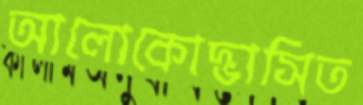
আলোকোদ্ভাসিত